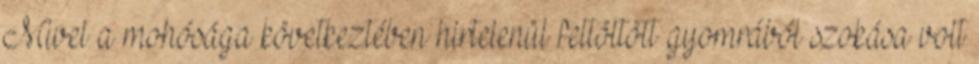
Mivel a mohósága következtében hirtelenül feltöltött gyomrából szokása volt